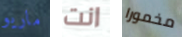
ماريو انت مخمورا